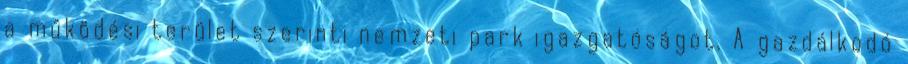
a működési terület szerinti nemzeti park igazgatóságot. A gazdálkodó